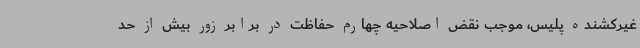
غیرکشنده پلیس، موجب نقض اصلاحیه چهارم حفاظت در برابر زور بیش از حد